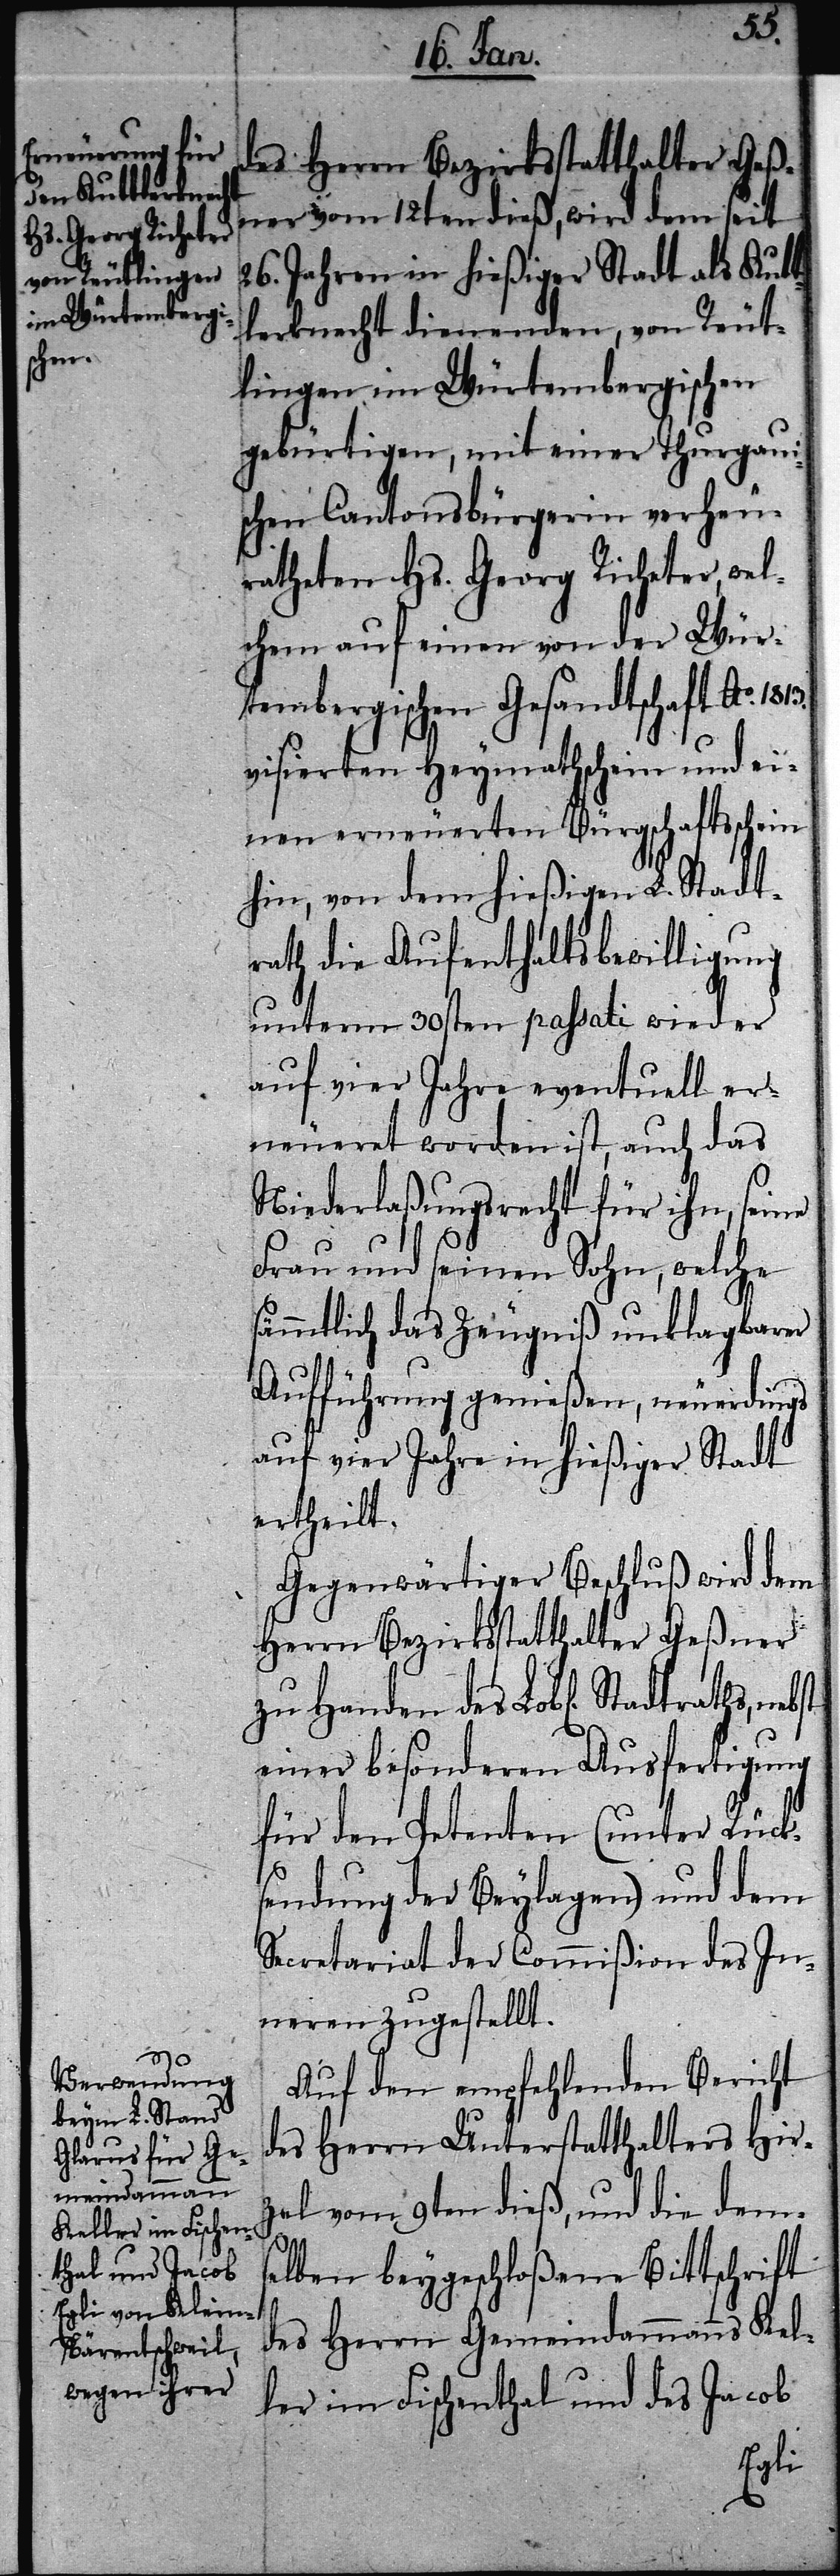
des Herrn Bezirksstatthalter Geß¬
ner vom 12ten dieß, wird dem seit
26. Jahren in hießiger Stadt als Kutt¬
lerknecht dienenden, von Reut¬
lingen im Würtembergischen
gebürtigen, mit einer Thurgaui¬
schen Cantonsbürgerin verheu¬
ratheten Hs. Georg Richeter, wel¬
chem auf einen von der Wür¬
tembergischen Gesandtschaft Ao.
visierten Heymathschein und ei¬
nen erneuerten Bürgschaftsschein
hin, von dem hießigen L. Stadt¬
rath die Aufenthaltsbewilligung
unterm 30sten passati wieder
auf vier Jahre eventuell er¬
neueret worden ist, auch das
Niederlaßungsrecht für ihn, seine
Frau und seinen Sohn, welche
sämmtlich das Zeugniß unklagbarer
Aufführung genießen, neuerdings
auf vier Jahre in hießiger Stadt
ertheilt.
Gegenwärtiger Beschluß wird dem
Herrn Bezirksstatthalter Geßner
zu Handen des Lob[lichen].
einer besonderen Ausfertigung
für den Petenten (unter Rück¬
sendung der Beylagen) und dem
Secretariat der Commißion des In¬
neren zugestellt.
Auf den empfehlenden Bericht
des Herrn Unterstatthalters Hirz¬
el vom 9ten dieß, und die dem¬
selben beygeschloßene Bittschrift
des Herrn Gemeindammanns Kel¬
ler im Fischenthal und des Jacob